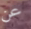
عن